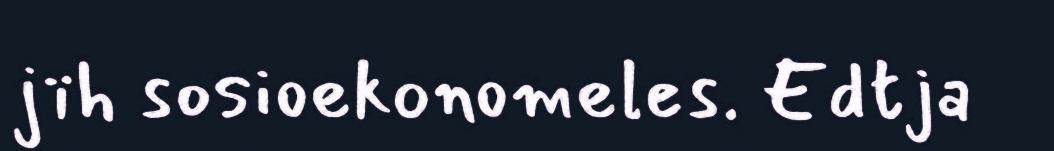
jïh sosioekonomeles. Edtja